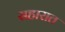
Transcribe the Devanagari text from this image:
सहारात